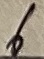
Text: 6